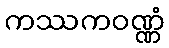
ကဿကဝဏ္ဏံ